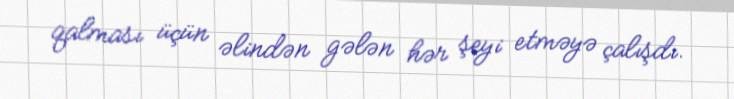
qalması üçün əlindən gələn hər şeyi etməyə çalışdı.